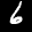
Label: 6